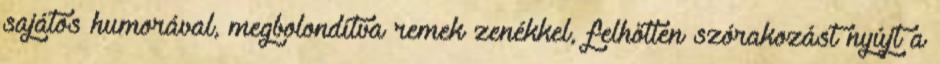
sajátos humorával, megbolondítva remek zenékkel, felhőtlen szórakozást nyújt a